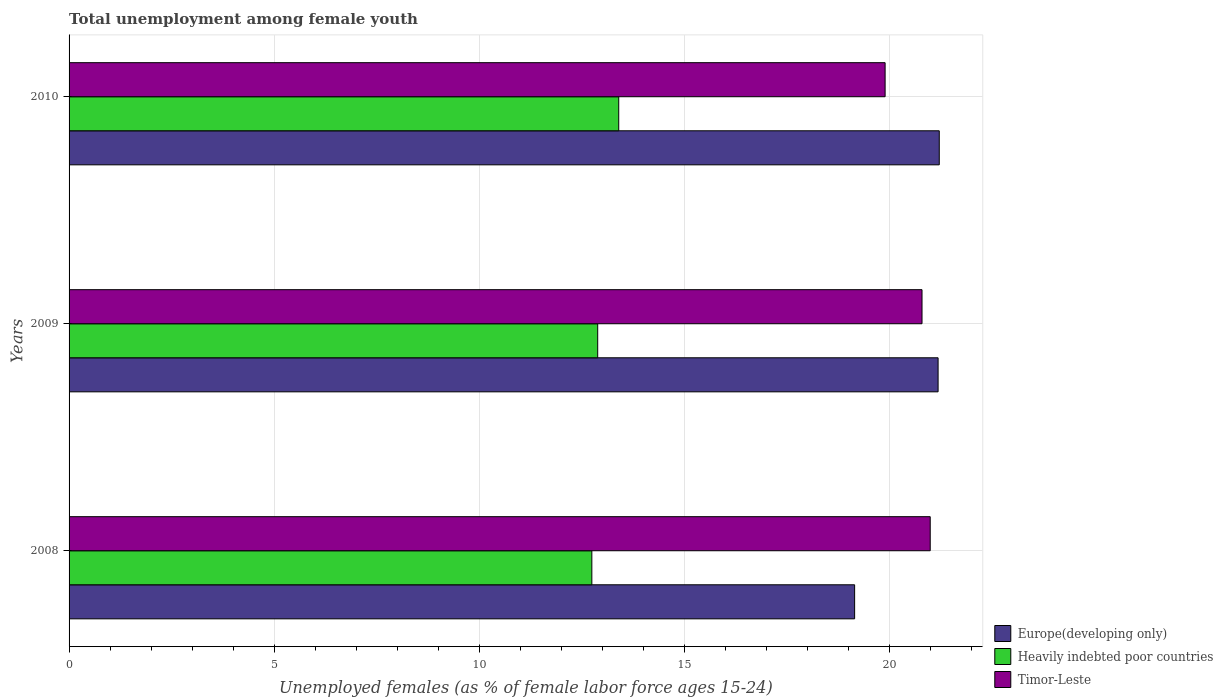
| Years | Europe(developing only) | Heavily indebted poor countries | Timor-Leste |
 | --- | --- | --- | --- |
 | 2008 | 19.2 | 12.7 | 21 |
 | 2009 | 21.2 | 12.9 | 20.8 |
 | 2010 | 21.2 | 13.4 | 19.9 |